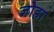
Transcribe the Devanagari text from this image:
जोहा